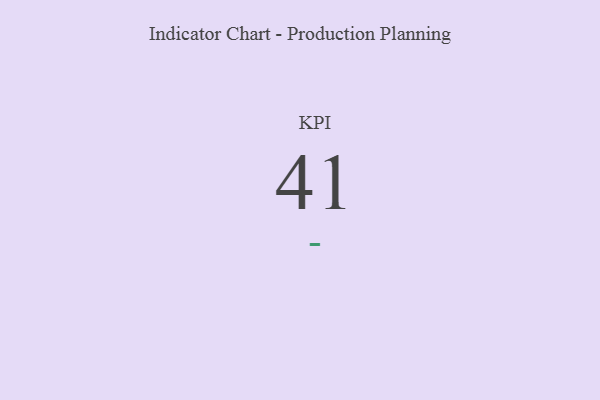
{"axis": {"x": "KPI", "y": "Value"}, "legend": [""], "data": [{"x": "KPI", "y": 41, "type": ""}]}